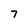
Character: 7